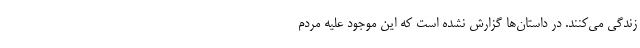
زندگی می‌کنند. در داستان‌ها گزارش نشده است که این موجود علیه مردم